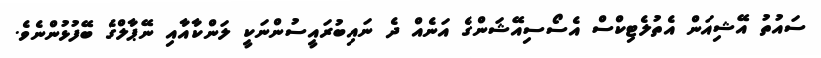
ސައުތު އޭޝިއަން އެތުލެޓިކްސް އެސޯސިއޭޝަންގެ އަނެއް ދެ ނައިބުރައީސުންނަކީ ލަންކާއާއި ނޭޕާލްގެ ބޭފުޅުންނެވެ.